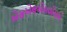
એસએલએમએમએ